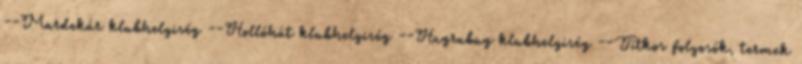
--Mardekár klubhelyiség --Hollóhát klubhelyiség --Hugrabug klubhelyiség --Titkos folyosók, termek